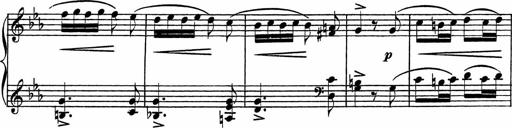
Title: Piano Sonatinas
Composer: Charles Fradel